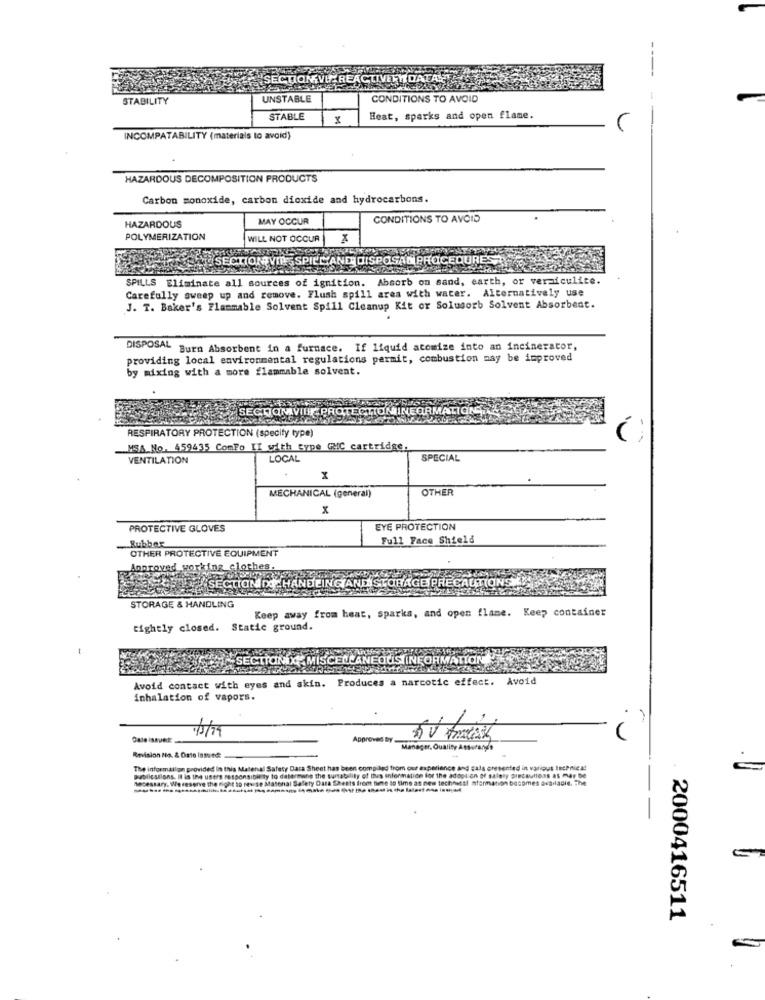
SECTIONVICREA
IVERDATAL
STABILITY
UNSTABLE
CONDITIONS TO AVOID
STABLE
Heat, sparks and open flame.
INCOMPATABILITY (materials to avoid)
HAZARDOUS DECOMPOSITION PRODUCTS
Carbon monoxide, carbon dioxide and hydrocarbons.
MAY OCCUR
CONDITIONS TO AVOID
HAZARDOUS
POLYMERIZATION
WILL NOT OCCUR
Mid SECTIONVIP SPICCAND DISPOSAR PROCEDURES
SPILLS Eliminate all sources of ignition. Absorb on sand, earth, or vermiculite.
Carefully sweep up and remove. Flush spill area with water. Alternatively use
J. T. Baker's Flammable Solvent Spill Cleanup Kit or Solusorb Solvent Absorbent.
DISPOSAL Burn Absorbent in a furnace. If liquid atomize into an incinerator,
providing local environmental regulations permit, combustion may be improved
by mixing with a more flammable solvent.
SECTIOMVIER PROTECT
MINE
RESPIRATORY PROTECTION (specify type)
MSA No. 459435 ComFo II with type GMC cartridge.
VENTILATION
LOCAL
SPECIAL
x
OTHER
MECHANICAL (general)
x
PROTECTIVE GLOVES
EYE PROTECTION
Rubber
Full Face Shield
OTHER PROTECTIVE EQUIPMENT
oproved working clothes
SELFSECTIOMI HANDLING AND STORAGE
TIONS
STORAGE & HANDLING
Keep away from heat, sparks, and open flame. Keep container
tightly closed. Static ground.
SECTIONIX MISCELLANEOUS INFORMA
Avoid contact with eyes and skin. Produces a narcotic effect. Avoid
inhalation of vapors.
Cale issuek
Approved by
Manager, Quality Assurance
Revision No. & Date Istutd:
Publications. Il is the users responsibility to determine the surtability of thes information for the adoption of salely precautions at mar De
The information provided In this Matenal Safety Data Sheet has been compiled from our experience and cats presented in various thePriest
necessary. We reserve the right to revise Matenal Safety Data Sheets front time to time as new technesti nformation becomes acadacie, The
2000416511